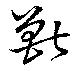
獣